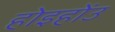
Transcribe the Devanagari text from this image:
होइहोंउ